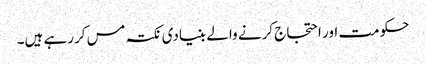
حکومت اور احتجاج کرنے والے بنیادی نکتہ مس کررہے ہیں۔